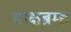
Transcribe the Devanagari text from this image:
साक्षब्रम्ह